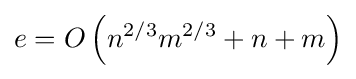
e=O\left(n^{2/3}m^{2/3}+n+m\right)